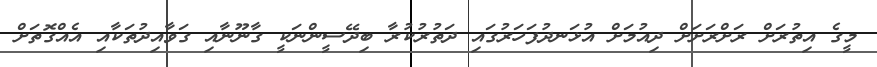
މީގެ އިތުރަށް ރަށްރަށަށް ދިއުމަށް އުޅަނދުފަހަރުގައި ދަތުރުކުރާ ބިދޭސީންނަކީ ގާނޫނާއި ގަވާއިދުތަކާއި އެއްގޮތަށް